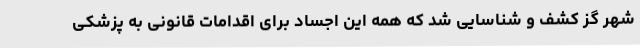
شهر گز کشف و شناسایی شد که همه این اجساد برای اقدامات قانونی به پزشکی